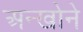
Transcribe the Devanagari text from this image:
अन्खोने